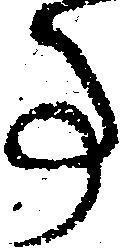
事